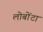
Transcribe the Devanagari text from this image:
लोबोंटा